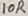
Text: 10R